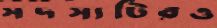
সদস্যটিরও